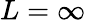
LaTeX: L=\infty